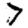
Digit: 7